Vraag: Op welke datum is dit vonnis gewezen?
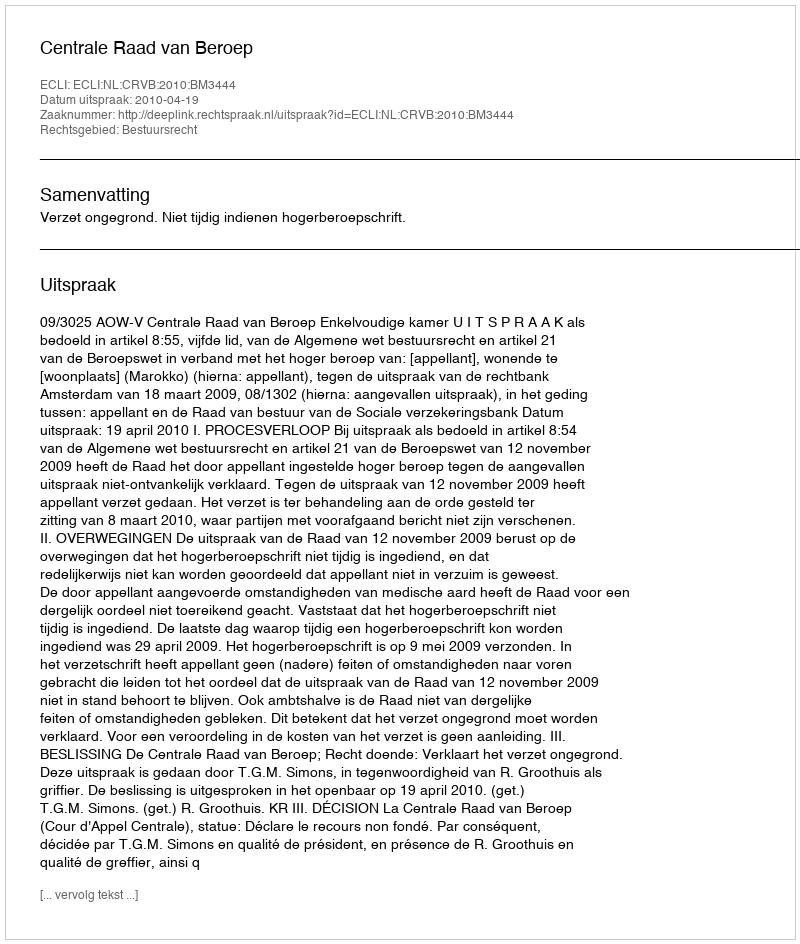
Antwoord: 2010-04-19